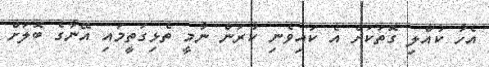
އެހާ ކުއްލި ގޮތަކަށް އެ ކައިވެނި ކުރަން ނާމީ ތެޅިގަތީމައި އޭނާގެ ބޮލަށް